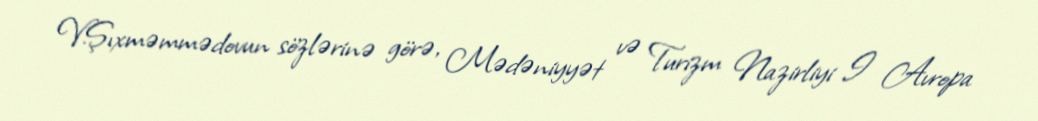
V.Şıxməmmədovun sözlərinə görə, Mədəniyyət və Turizm Nazirliyi I Avropa